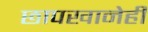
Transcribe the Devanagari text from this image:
छापखानेही